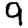
Digit: 9